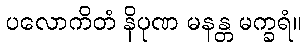
ပလောကိတံ နိပုဏ မနန္တ မက္ခရံ။